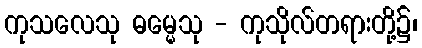
ကုသလေသု ဓမ္မေသု - ကုသိုလ်တရားတို့၌၊